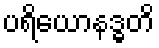
ပရိယောနဒ္ဓတိ